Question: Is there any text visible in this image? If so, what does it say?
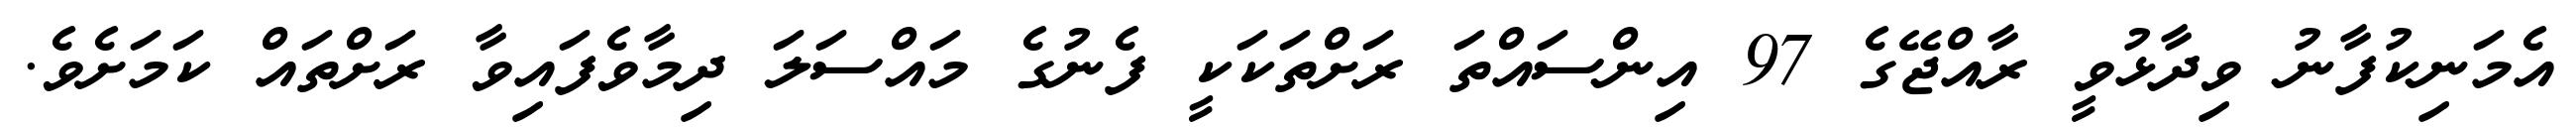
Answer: އެމަނިކުފާނު ވިދާޅުވީ ރާއްޖޭގެ 97 އިންސައްތަ ރަށްތަކަކީ ފެނުގެ މައްސަލަ ދިމާވެފައިވާ ރަށްތައް ކަމަށެވެ.